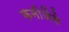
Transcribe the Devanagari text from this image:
कनीजैसे